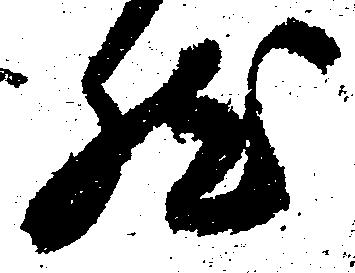
然